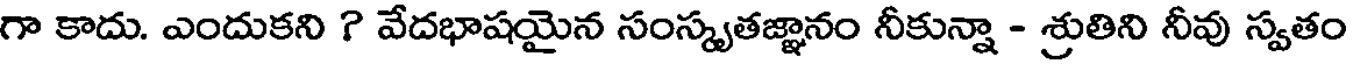
గా కాదు. ఎందుకని ? వేదభాషయైన సంస్కృతజ్ఞానం నీకున్నా - శ్రుతిని నీవు స్వతం